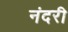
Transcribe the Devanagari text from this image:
नंदरी